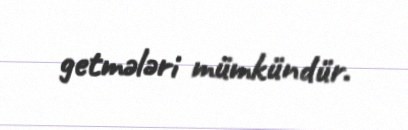
getmələri mümkündür.